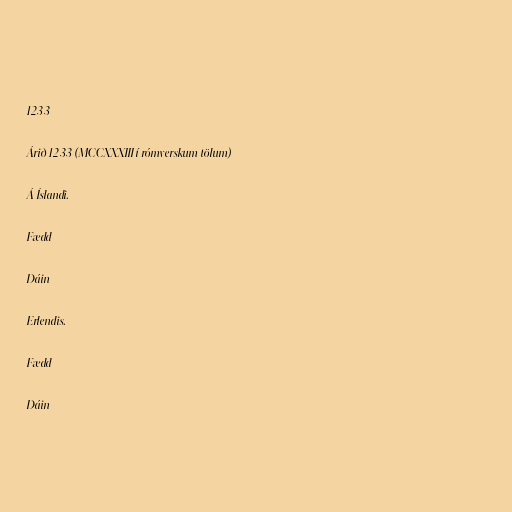
1233

Árið 1233 (MCCXXXIII í rómverskum tölum)

Á Íslandi.

Fædd

Dáin

Erlendis.

Fædd

Dáin